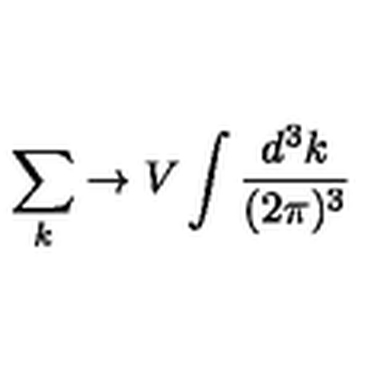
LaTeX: \sum _ { k } \to V \int \frac { d ^ { 3 } k } { ( 2 \pi ) ^ { 3 } } \nonumber